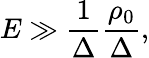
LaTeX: E\gg\frac{1}{\Delta}\frac{\rho_{0}}{\Delta},